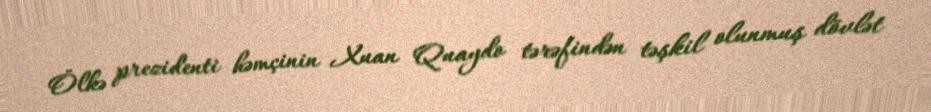
Ölkə prezidenti həmçinin Xuan Quaydo tərəfindən təşkil olunmuş dövlət